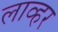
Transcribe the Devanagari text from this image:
लाव्हर